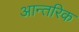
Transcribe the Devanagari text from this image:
आन्‍तरिक